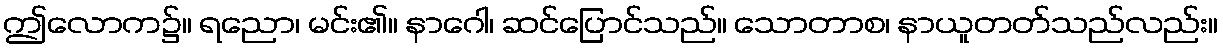
ဤလောက၌။ ရညော၊ မင်း၏။ နာဂေါ၊ ဆင်ပြောင်သည်။ သောတာစ၊ နာယူတတ်သည်လည်း။